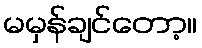
မမှန်ချင်တော့။